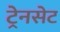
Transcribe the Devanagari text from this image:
ट्रेनसेट